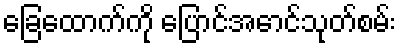
ခြေထောက်ကို ပြောင်အောင်သုတ်စမ်း